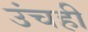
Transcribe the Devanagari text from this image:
उंचही